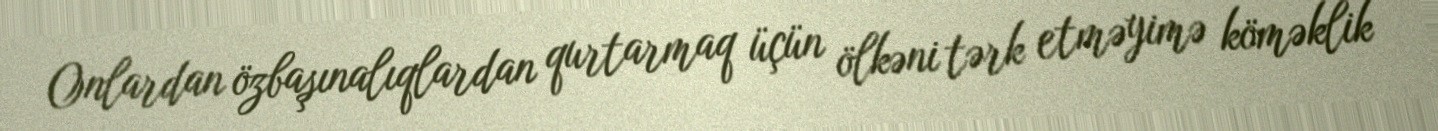
Onlardan özbaşınalıqlardan qurtarmaq üçün ölkəni tərk etməyimə köməklik